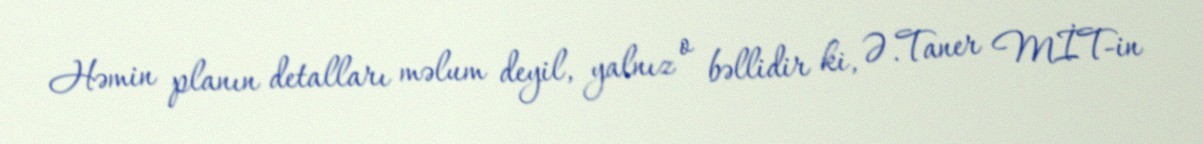
Həmin planın detalları məlum deyil, yalnız o bəllidir ki, Ə.Taner MİT-in